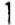
1